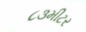
૮૩મીટર